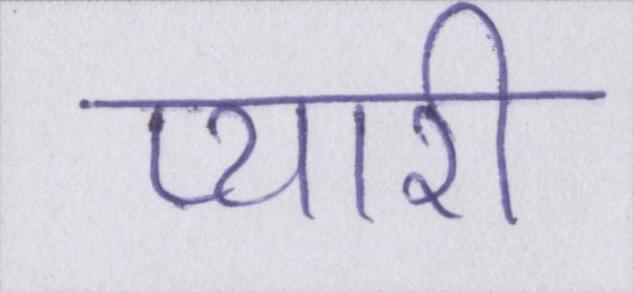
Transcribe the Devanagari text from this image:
प्यारी